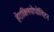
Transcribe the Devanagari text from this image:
हेराक्लियोपोलिटन